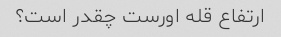
ارتفاع قله اورست چقدر است؟